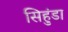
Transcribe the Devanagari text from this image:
सिहुंडा